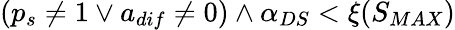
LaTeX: (p_{s}\neq 1\lor a_{dif}\neq 0)\land\alpha_{DS}<\xi(S_{MAX})